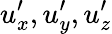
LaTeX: u_{x}^{\prime},u_{y}^{\prime},u_{z}^{\prime}